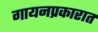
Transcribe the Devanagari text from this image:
गायनप्रकारात